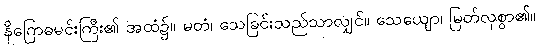
နိဂြောဓမင်းကြီး၏ အထံ၌။ မတံ၊ သေခြင်းသည်သာလျှင်။ သေယျော၊ မြတ်လှစွာ၏။